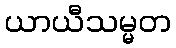
ယာယီသမ္မတ